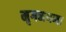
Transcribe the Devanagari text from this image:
मृगनयना